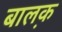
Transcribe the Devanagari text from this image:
बाल़क